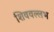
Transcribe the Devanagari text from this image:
शिववल्लभ